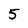
Character: 5